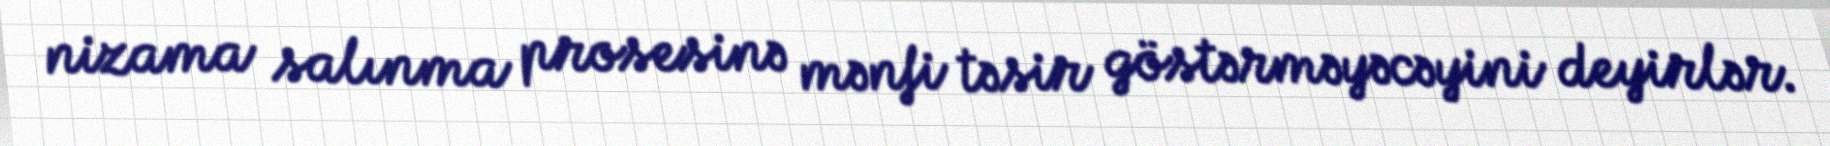
nizama salınma prosesinə mənfi təsir göstərməyəcəyini deyirlər.